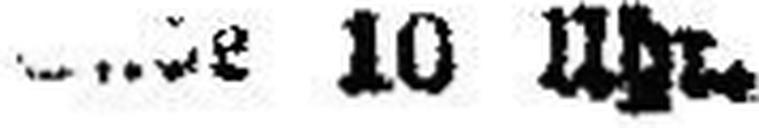
###e 10 Uhr.